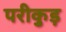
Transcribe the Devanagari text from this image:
परीकुड़